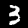
Digit: 3